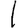
Digit: 1